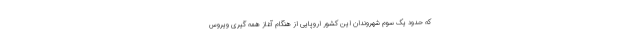
که حدود یک سوم شهروندان این کشور اروپایی از هنگام آغاز همه گیری ویروس